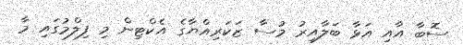
ސޮބާ އާއި އަޅާ ބަލާއިރު މުސާ ޒަކަރިއްޔާގެ އެކްޓިން މި ފިލްމުގައި މާ